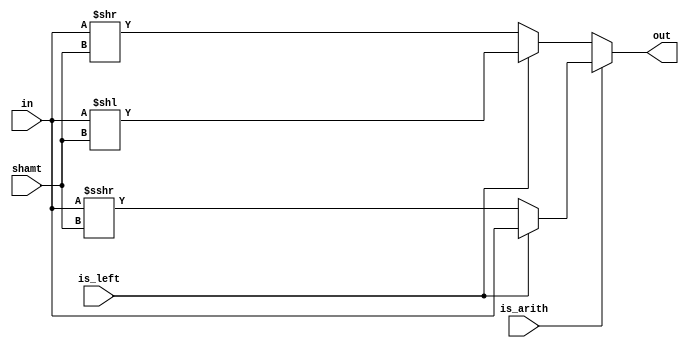
`timescale 1ns / 1ps

module shift(
	input signed [31:0] in,
	input [31:0] shamt,
	input is_left,
	input is_arith,
	output reg [31:0] out
   );
	
	always @(*) begin
		if(is_arith)
		begin
			if(!is_left)
				out = in >>> shamt;
			else
				out = in;
		end
		else
		begin
			if(!is_left)
				out = in >> shamt;
			else
				out = in << shamt;
		end
	end


endmodule